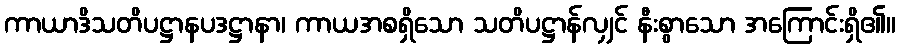
ကာယာဒိသတိပဋ္ဌာနပဒဋ္ဌာနာ၊ ကာယအစရှိသော သတိပဋ္ဌာန်လျှင် နီးစွာသော အကြောင်းရှိ၏။